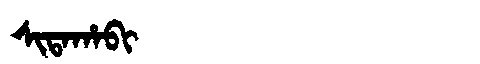
Manchu: ᠰᡳᡨᠠᡥᠠᠪᡳ
Romanization: SITAHABI